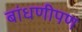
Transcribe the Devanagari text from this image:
बांधणीपण